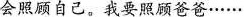
会照顾自己。我要照顾爸爸……